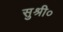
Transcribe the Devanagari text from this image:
सुश्री०